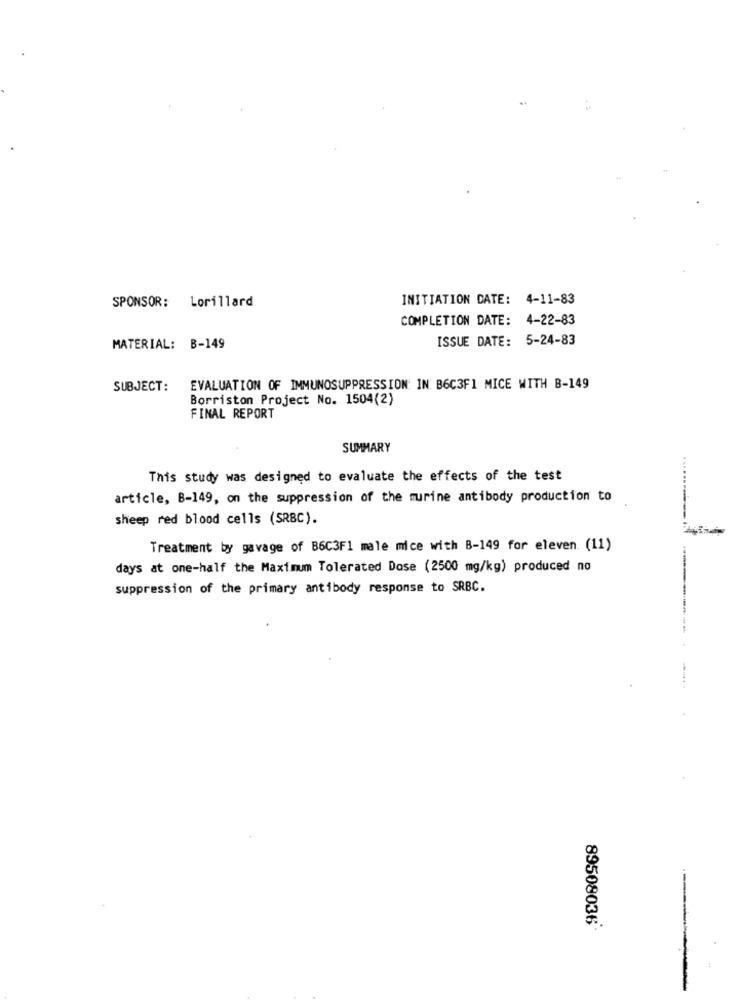
..
INITIATION DATE: 4-11-83
SPONSOR: Lorillard
COMPLETION DATE: 4-22-83
ISSUE DATE: 5-24-83
MATERIAL: B-149
SUBJECT:
EVALUATION OF IMMUNOSUPPRESSION: IN: B6C3F1 MICE WITH B-149
Borriston Project No. 1504(2)
FINAL REPORT
SUMMARY
This study was designed to evaluate the effects of the test
article, B-149, on the suppression of the murine antibody production to
sheep red blood cells (SRBC).
Treatment by gavage of B6C3F1 male mice with B-149 for eleven (11)
days at one-half the Maximum Tolerated Dose (2500 mg/kg) produced no
suppression of the primary antibody response to SRBC.
89508036